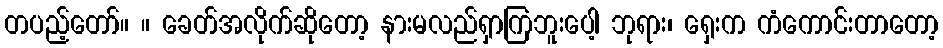
တပည့်တော်။ ။ ခေတ်အလိုက်ဆိုတော့ နားမလည်ရှာကြဘူးပေါ့ ဘုရား၊ ရှေးက ကံကောင်းတာတော့